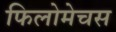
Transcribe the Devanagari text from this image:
फिलोमेचस